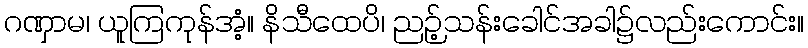
ဂဏှာမ၊ ယူကြကုန်အံ့။ နိသီထေပိ၊ ညဉ့်သန်းခေါင်အခါ၌လည်းကောင်း။